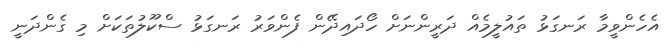
އެހެންވީމާ ރަނގަޅު ތައުލީމެއް ދަރީންނަށް ހޯދައިދޭން ފެންވަރު ރަނގަޅު ސްކޫލުތަކަށް މި ގެންދަނީ